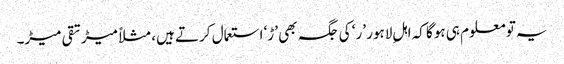
یہ تو معلوم ہی ہوگا کہ اہلِ لاہور ’ر‘ کی جگہ بھی ’ڑ‘ استعمال کرتے ہیں، مثلاً میڑ تقی میڑ۔